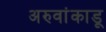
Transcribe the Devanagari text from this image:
अरुवांकाडू